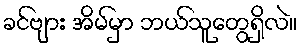
ခင်ဗျား အိမ်မှာ ဘယ်သူတွေရှိလဲ။